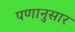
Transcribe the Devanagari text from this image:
पणानुसार